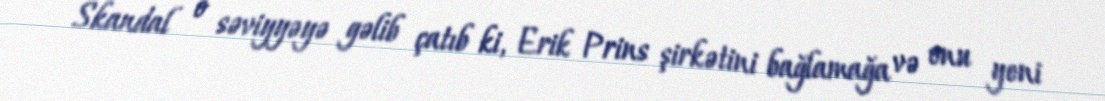
Skandal o səviyyəyə gəlib çatıb ki, Erik Prins şirkətini bağlamağa və onu yeni